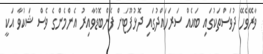
ވާރޭވެހޭ ދުވަސްތަކުގައި ބައެއް ސަރަހައްދުގައި ދޮޅުފޫޓަށް ފެންބޮޑުވާއިރު އެންމެންގެ ވެސް ޝަކުވާ އަކީ